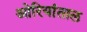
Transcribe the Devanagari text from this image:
ओरियांताल